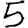
Digit: 5